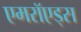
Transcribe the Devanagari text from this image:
एमरॉएड्स